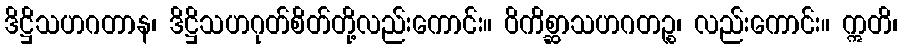
ဒိဋ္ဌိသဟဂတာန၊ ဒိဋ္ဌိသဟဂုတ်စိတ်တို့လည်းကောင်း။ ဝိကိစ္ဆာသဟဂတဉ္စ၊ လည်းကောင်း။ ဣတိ၊